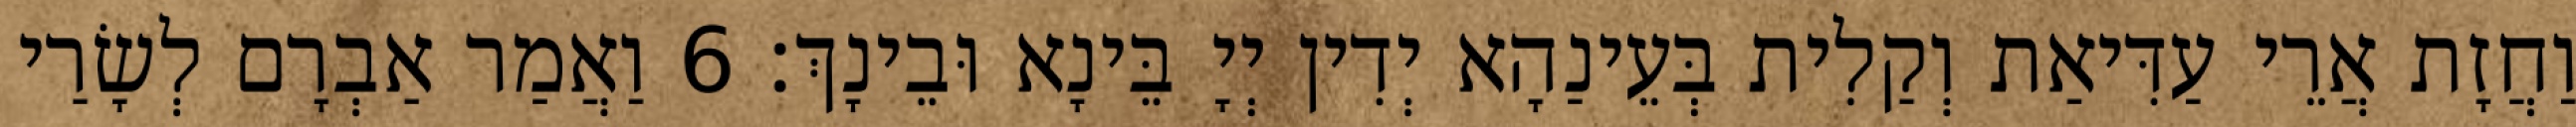
וַחֲזָת אֲרֵי עַדִּיאַת וְקַלִית בְּעֵינַהָא יְדִין יְיָ בֵּינָא וּבֵינָךְ׃ 6 וַאֲמַר אַבְרָם לְשָׂרַי